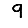
Digit: 9